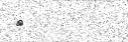
٧